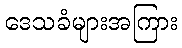
ဒေသခံများအကြား